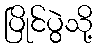
ပြိုင်ပွဲသို့